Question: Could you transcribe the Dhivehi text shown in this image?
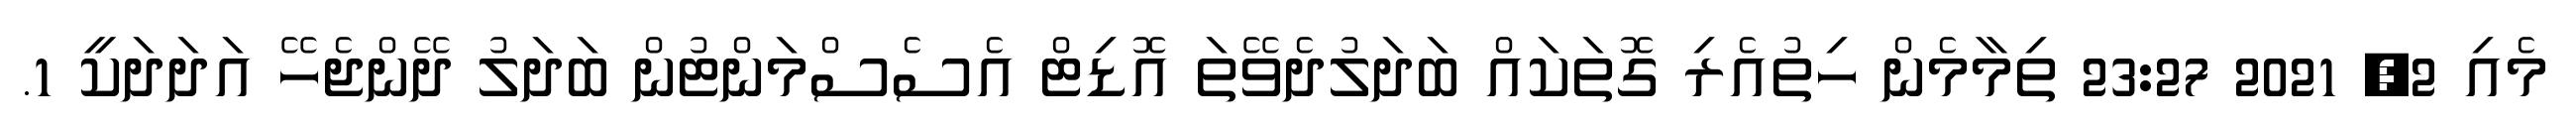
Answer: މެއި 2, 2021 23:27 ތިމާމެން ހިތުއެރި ގޮތަކައް ބަދަލުދެވޭތަ އޮޑިޓް އެސެސްމަންޓުން ބަދަލު ދޭންޖެހޭ އަދަދަކީ 1.